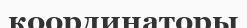
координаторы